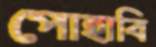
পোহাবি